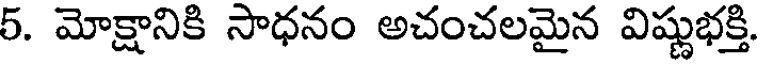
5. మోక్షానికి సాధనం అచంచలమైన విష్ణుభక్తి.